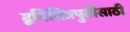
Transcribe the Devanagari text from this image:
द्वनिचित्रपुतीसाठी